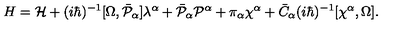
H = { \cal H } + ( i \hbar ) ^ { - 1 } [ \Omega , \bar { \cal P } _ { \alpha } ] \lambda ^ { \alpha } + \bar { \cal P } _ { \alpha } { \cal P } ^ { \alpha } + \pi _ { \alpha } \chi ^ { \alpha } + \bar { C } _ { \alpha } ( i \hbar ) ^ { - 1 } [ \chi ^ { \alpha } , \Omega ] .